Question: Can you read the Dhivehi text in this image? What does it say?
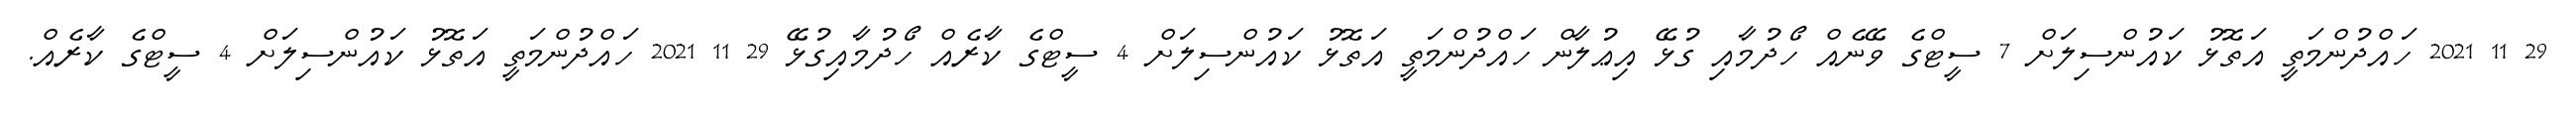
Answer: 29 11 2021 ހައްދުންމަތީ އަތޮޅު ކައުންސިލަށް 7 ސީޓްގެ ވޭނެއް ހޯދުމާއި ގުޅޭ އިޢުލާން ހައްދުންމަތީ އަތޮޅު ކައުންސިލަށް 4 ސީޓްގެ ކާރެއް ހޯދުމާއިގުޅޭ 29 11 2021 ހައްދުންމަތީ އަތޮޅު ކައުންސިލަށް 4 ސީޓްގެ ކާރެއް.